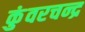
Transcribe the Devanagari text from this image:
कुंवरचन्द्र